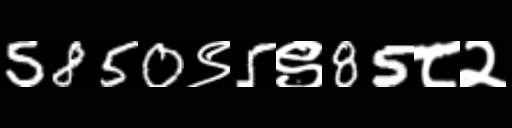
Text: 5850९5९85८२